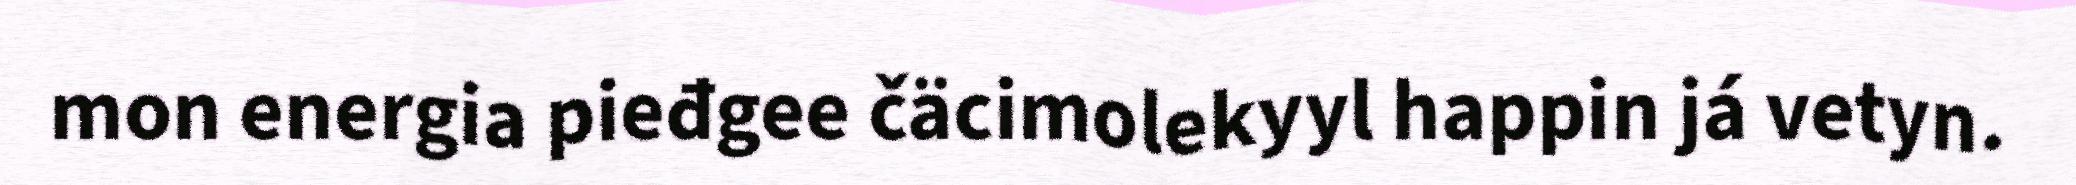
mon energia pieđgee čäcimolekyyl happin já vetyn.